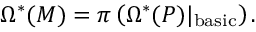
\Omega ^ { * } ( M ) = \pi \left( \Omega ^ { * } ( P ) \vert _ { \mathrm { b a s i c } } \right) .